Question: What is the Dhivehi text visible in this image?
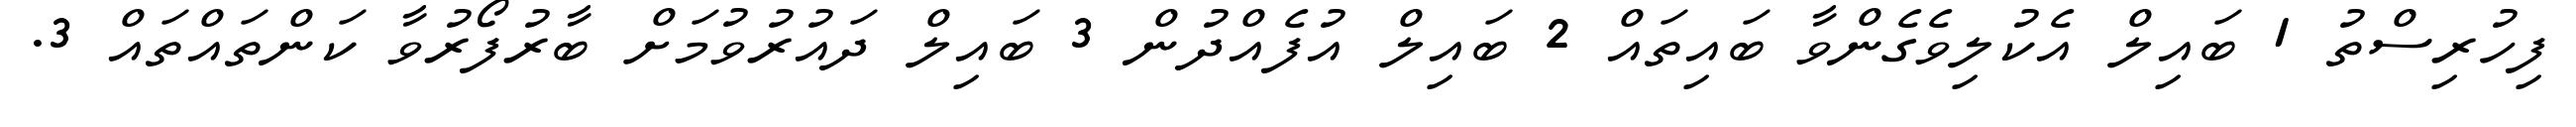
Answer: ފިހުރިސްތު 1 ބައިލް އެކުލިވެގެންވާ ބައިތައް 2 ބައިލް އުފެއްދުން 3 ބައިލް ދައުރުވުމަށް ބާރުފޯރުވާ ކަންތައްތައް 3.